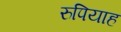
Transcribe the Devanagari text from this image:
रुपियाह